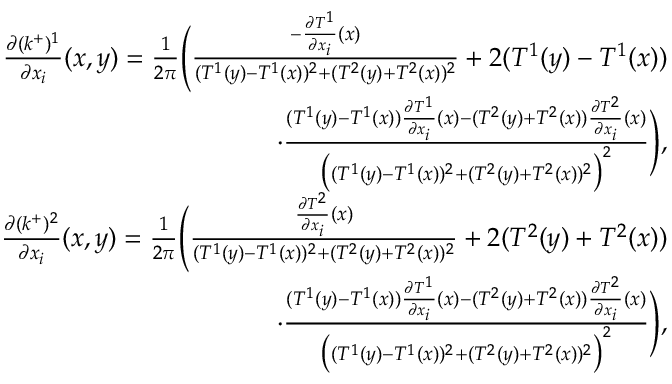
\begin{array} { r } { \frac { \partial ( k ^ { + } ) ^ { 1 } } { \partial x _ { i } } ( x , y ) = \frac { 1 } { 2 \pi } \Bigg ( \frac { - \frac { \partial T ^ { 1 } } { \partial x _ { i } } ( x ) } { ( T ^ { 1 } ( y ) - T ^ { 1 } ( x ) ) ^ { 2 } + ( T ^ { 2 } ( y ) + T ^ { 2 } ( x ) ) ^ { 2 } } + 2 ( T ^ { 1 } ( y ) - T ^ { 1 } ( x ) ) } \\ { \cdot \frac { ( T ^ { 1 } ( y ) - T ^ { 1 } ( x ) ) \frac { \partial T ^ { 1 } } { \partial x _ { i } } ( x ) - ( T ^ { 2 } ( y ) + T ^ { 2 } ( x ) ) \frac { \partial T ^ { 2 } } { \partial x _ { i } } ( x ) } { \big ( ( T ^ { 1 } ( y ) - T ^ { 1 } ( x ) ) ^ { 2 } + ( T ^ { 2 } ( y ) + T ^ { 2 } ( x ) ) ^ { 2 } \big ) ^ { 2 } } \Bigg ) , } \\ { \frac { \partial ( k ^ { + } ) ^ { 2 } } { \partial x _ { i } } ( x , y ) = \frac { 1 } { 2 \pi } \Bigg ( \frac { \frac { \partial T ^ { 2 } } { \partial x _ { i } } ( x ) } { ( T ^ { 1 } ( y ) - T ^ { 1 } ( x ) ) ^ { 2 } + ( T ^ { 2 } ( y ) + T ^ { 2 } ( x ) ) ^ { 2 } } + 2 ( T ^ { 2 } ( y ) + T ^ { 2 } ( x ) ) } \\ { \cdot \frac { ( T ^ { 1 } ( y ) - T ^ { 1 } ( x ) ) \frac { \partial T ^ { 1 } } { \partial x _ { i } } ( x ) - ( T ^ { 2 } ( y ) + T ^ { 2 } ( x ) ) \frac { \partial T ^ { 2 } } { \partial x _ { i } } ( x ) } { \big ( ( T ^ { 1 } ( y ) - T ^ { 1 } ( x ) ) ^ { 2 } + ( T ^ { 2 } ( y ) + T ^ { 2 } ( x ) ) ^ { 2 } \big ) ^ { 2 } } \Bigg ) , } \end{array}